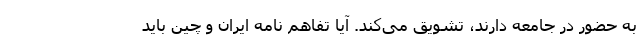
به حضور در جامعه دارند، تشویق می‌کند. آیا تفاهم نامه ایران و چین باید